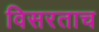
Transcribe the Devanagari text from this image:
विसरताच